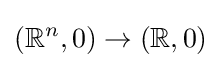
(\mathbb {R} ^{n},0)\to (\mathbb {R} ,0)